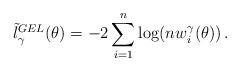
LaTeX: \begin{align*}\tilde{l}_{\gamma}^{GEL}(\theta)=-2 \sum_{i=1}^n \log(nw^{\gamma}_i(\theta)) \,.\end{align*}